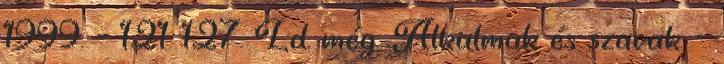
1999. – 121-127. Ld. még: Alkalmak és szavak. –